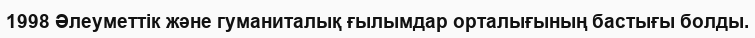
1998 Әлеуметтік және гуманиталық ғылымдар орталығының бастығы болды.